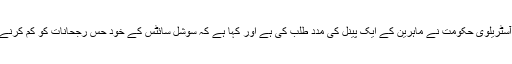
اس نئی افتاد کے بارے میں آسٹریلوی حکومت نے ماہرین کے ایک پینل کی مدد طلب کی ہے اور کہا ہے کہ سوشل سائٹس کے خود حس رجحانات کو کم کرنے کے لیے فوری تجاویز دیں۔